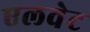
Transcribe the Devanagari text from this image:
एलवेट